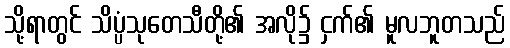
သို့ရာတွင် သိပ္ပံသုတေသီတို့၏ အလို၌ ငှက်၏ မူလဘူတသည်